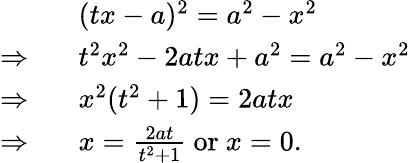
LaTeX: {\begin{array}{rl}&{(tx-a)^{2}=a^{2}-x^{2}}\\ {\Rightarrow\ \ }&{t^{2}x^{2}-2atx+a^{2}=a^{2}-x^{2}}\\ {\Rightarrow\ \ }&{x^{2}(t^{2}+1)=2atx}\\ {\Rightarrow\ \ }&{x={\frac{2at}{t^{2}+1}}{\mathrm{~or~}}x=0.}\end{array}}